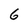
Character: 6